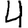
Digit: 4